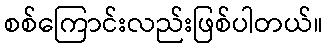
စစ်ကြောင်းလည်းဖြစ်ပါတယ်။